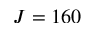
J = 1 6 0